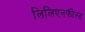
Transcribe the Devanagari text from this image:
लिलिएनफील्ड